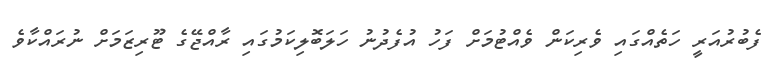
ފެބުރުއަރީ ހަތެއްގައި ވެރިކަން ވެއްޓުމަށް ފަހު އުފެދުނު ހަލަބޮލިކަމުގައި ރާއްޖޭގެ ޓޫރިޒަމަށް ނުރައްކާވެ